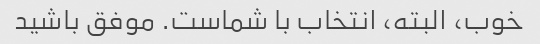
خوب، البته، انتخاب با شماست. موفق باشید